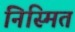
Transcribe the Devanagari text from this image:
निस्मित